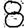
Digit: 8